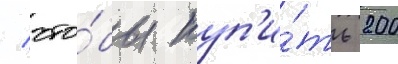
/ что́бы куп'и́ть 200